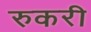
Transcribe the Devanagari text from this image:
रुकरी